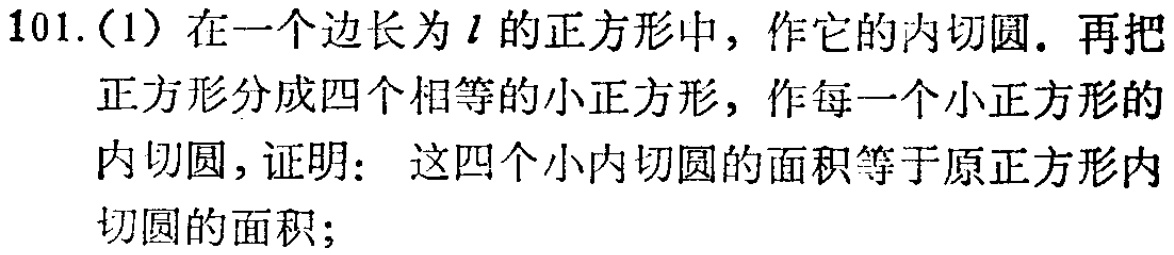
101.(1) 在一个边长为\(l\)的正方形中，作它的内切圆. 再把正方形分成四个相等的小正方形，作每一个小正方形的内切圆，证明： 这四个小内切圆的面积等于原正方形内切圆的面积;